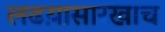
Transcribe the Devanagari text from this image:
लढय़ासारखाच